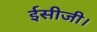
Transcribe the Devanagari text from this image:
ईसीजी।